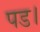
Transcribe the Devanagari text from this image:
पड।